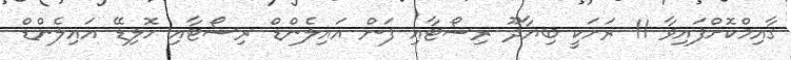
ގާއިމްކޮށްފައިވާ 11 ރަށަކީ ބިޔާދޫ ރިސޯޓާއި ފަން އައިލެންޑް ރިސޯޓާއި ހޮލިޑޭ އައިލެންޑް